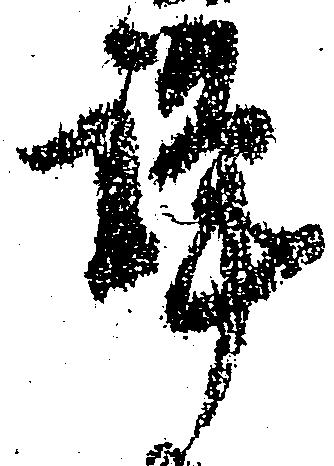
謹